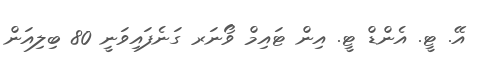
އޭ. ޓީ. އެންޑް ޓީ. އިން ޓައިމް ވޯނަރ ގަނެފައިވަނީ 80 ބިލިއަން